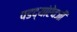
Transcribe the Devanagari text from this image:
पडद्यांऐवजी